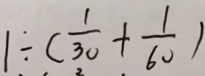
1 \div ( \frac { 1 } { 3 0 } + \frac { 1 } { 6 0 } )